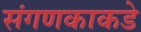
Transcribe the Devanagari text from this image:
संगणकाकडे